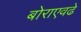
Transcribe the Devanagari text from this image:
बोराएवढे